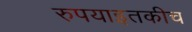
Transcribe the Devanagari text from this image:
रुपयाइतकीच